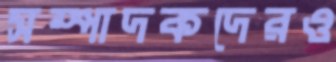
সম্পাদকদেরও